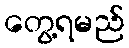
တွေ့ရမည်